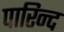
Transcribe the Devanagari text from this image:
पारिन्द